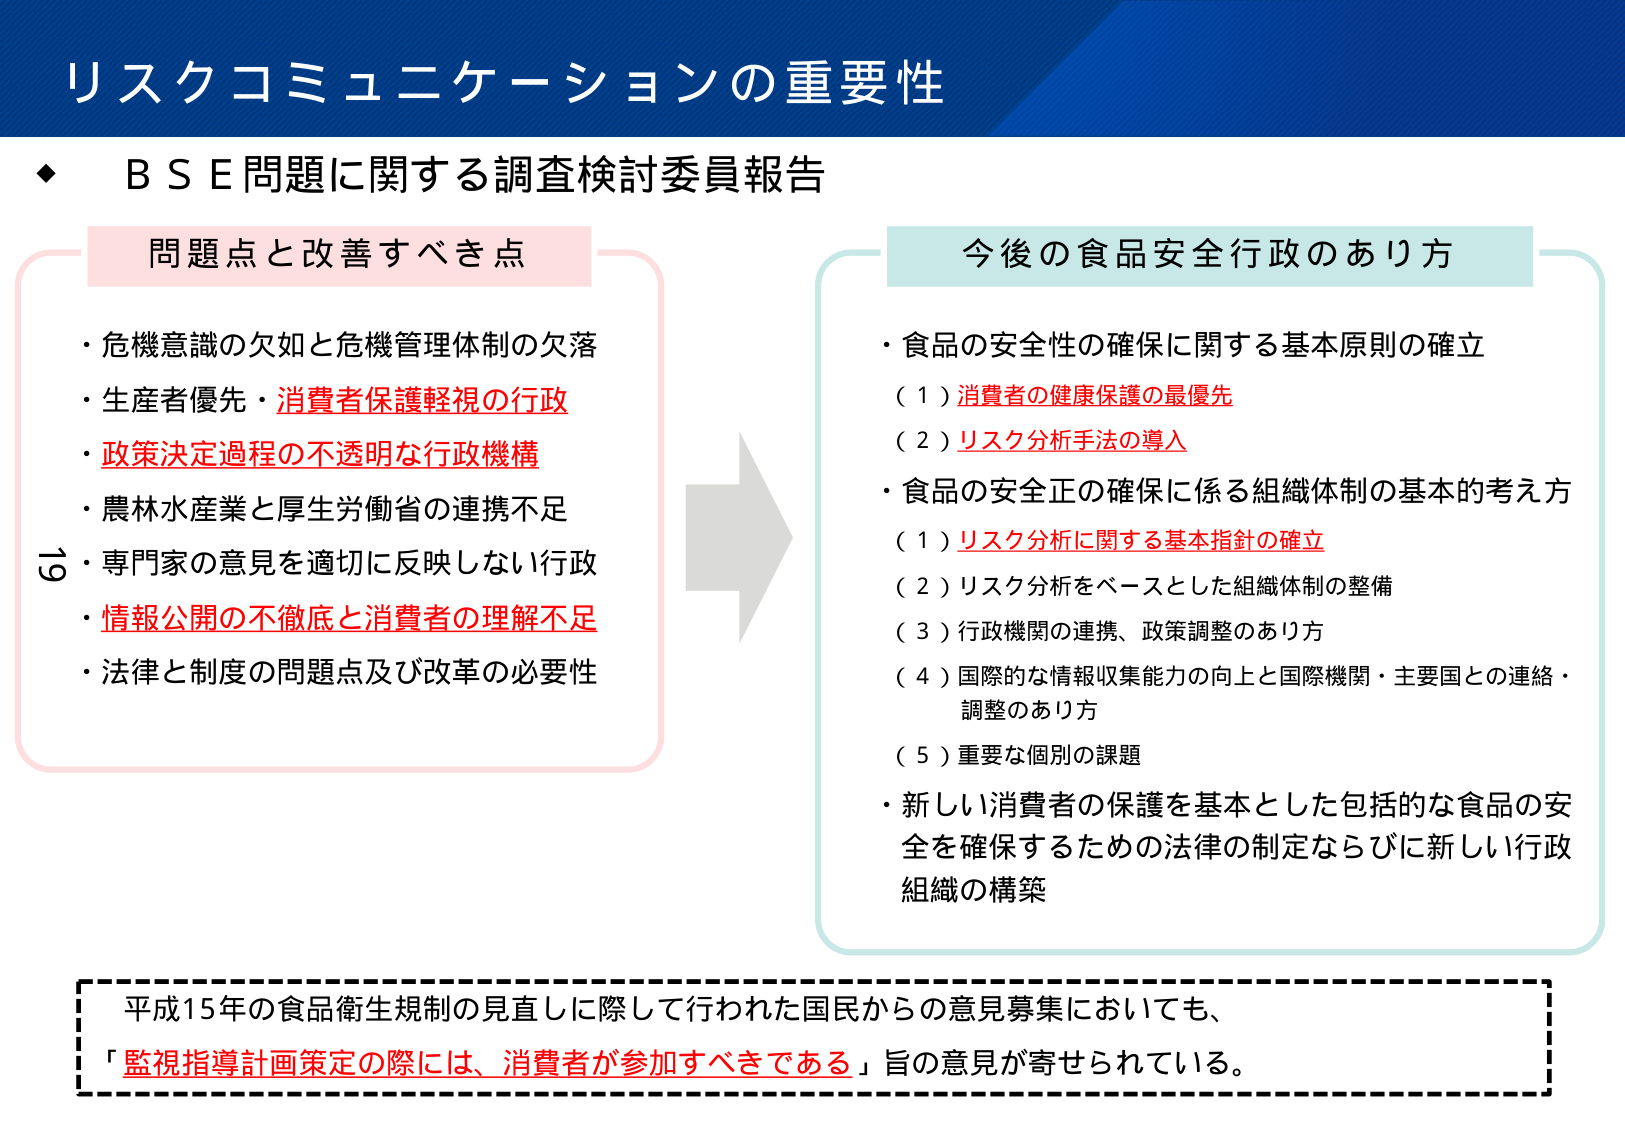
リスクコミュニケーションの重要性

◆ B S E問題に関する調査検討委員報告

問題点と改善すべき点
・危機意識の欠如と危機管理体制の欠落
・生産者優先・消費者保護軽視の行政
・政策決定過程の不透明な行政機構
・農林水産業と厚生労働省の連携不足
・専門家の意見を適切に反映しない行政
・情報公開の不徹底と消費者の理解不足
・法律と制度の問題点及び改革の必要性

今後の食品安全行政のあり方
・食品の安全性の確保に関する基本原則の確立
（1）消費者の健康保護の最優先
（2）リスク分析手法の導入
・食品の安全正の確保に係る組織体制の基本的考え方
（1）リスク分析に関する基本指針の確立
（2）リスク分析をベースとした組織体制の整備
（3）行政機関の連携、政策調整のあり方
（4）国際的な情報収集能力の向上と国際機関・主要国との連絡・調整のあり方
（5）重要な個別の課題
・新しい消費者の保護を基本とした包括的な食品の安全を確保するための法律の制定ならびに新しい行政組織の構築

平成15年の食品衛生規制の見直しに際して行われた国民からの意見募集においても、
「監視指導計画策定の際には、消費者が参加すべきである」旨の意見が寄せられている。